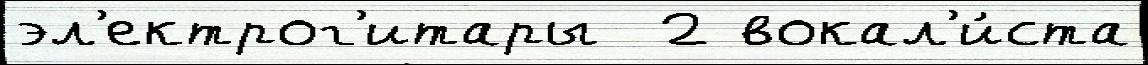
эл'ектрог'итары  2 вокал'и́ста